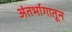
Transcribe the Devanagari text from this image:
अंतर्भागातून